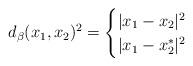
LaTeX: \begin{align*} d_\beta(x_1, x_2)^2 = \begin{cases} |x_1 - x_2|^2 & \\ |x_1 - x^*_2|^2 &\\ \end{cases}\end{align*}